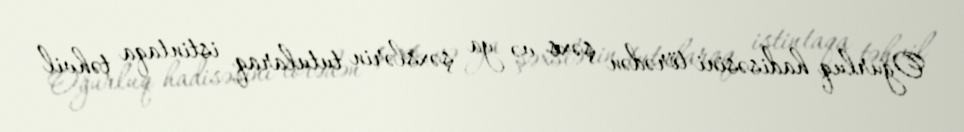
Oğurluq hadisəsini törədən şəxs və ya şəxslərin tutularaq istintaqa təhvil